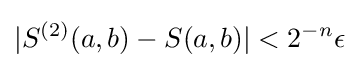
|S^{(2)}(a,b)-S(a,b)|<2^{-n}\epsilon